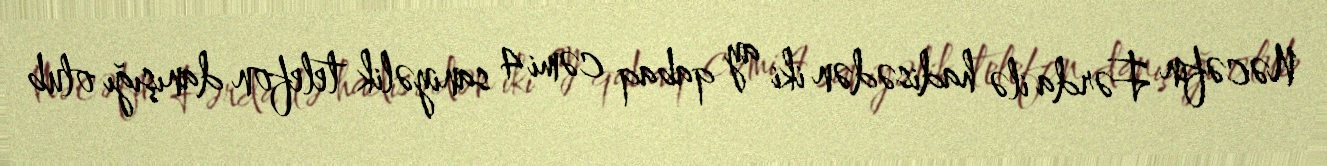
Nəcəfin Fərda ilə hadisədən iki ay qabaq cəmi 4 saniyəlik telefon danışığı olub